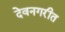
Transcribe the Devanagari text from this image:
देवनगरीत